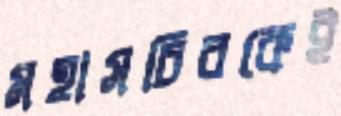
মহাসচিবকেই